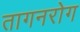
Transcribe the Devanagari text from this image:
तागनरोग